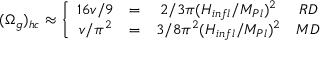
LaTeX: ( \Omega _ { g } ) _ { h c } \approx \left\{ \begin{array} { c c c c } { { 1 6 v / 9 } } & { { = } } & { { { 2 / 3 \pi } ( { H _ { i n f l } / { M _ { P l } } } ) ^ { 2 } } } & { { R D } } \\ { { v / \pi ^ { 2 } } } & { { = } } & { { { 3 / 8 \pi ^ { 2 } } ( { H _ { i n f l } / { M _ { P l } } } ) ^ { 2 } } } & { { M D } } \end{array} \right.